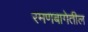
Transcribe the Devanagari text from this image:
रमणबागेतील